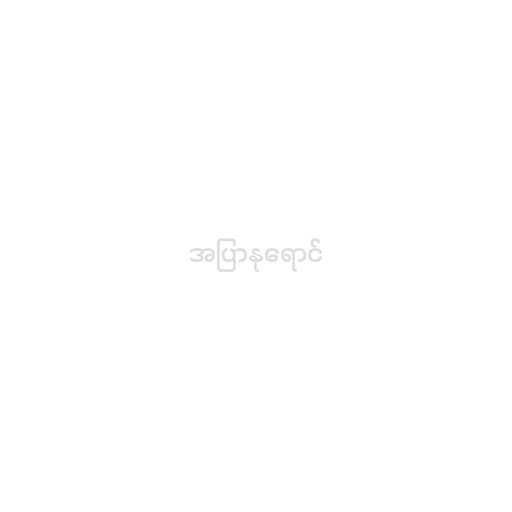
အပြာနုရောင်